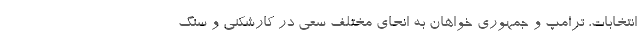
انتخابات، ترامپ و جمهوری خواهان به انحای مختلف سعی در کارشکنی و سنگ